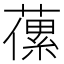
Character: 𦽝